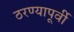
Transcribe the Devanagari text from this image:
ठरण्यापूर्वी